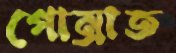
গোম্‌রাত